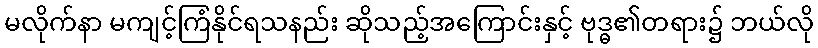
မလိုက်နာ မကျင့်ကြံနိုင်ရသနည်း ဆိုသည့်အကြောင်းနှင့် ဗုဒ္ဓ၏တရား၌ ဘယ်လို